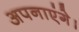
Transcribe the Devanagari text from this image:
अपनाएंगे।